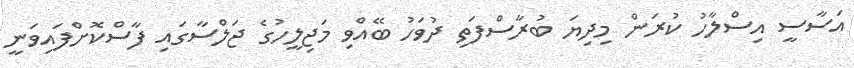
އަސާސީ އިސްލާހު ކުރަން މިދިޔަ ބުރާސްފަތި ދުވަހު ބޭއްވި މަޖިލީހުގެ ޖަލްސާގައި ފާސްކޮށްފައިވަނީ